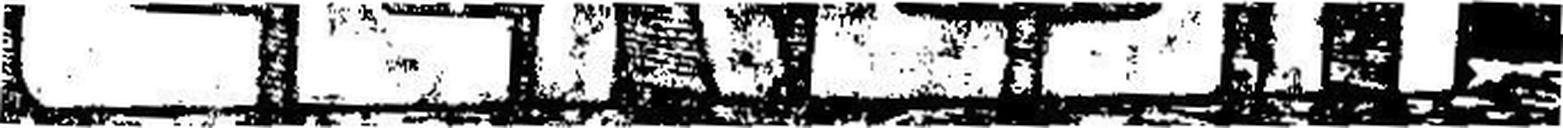
CERESIT